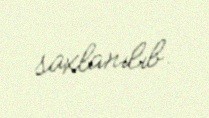
saxlanılıb.